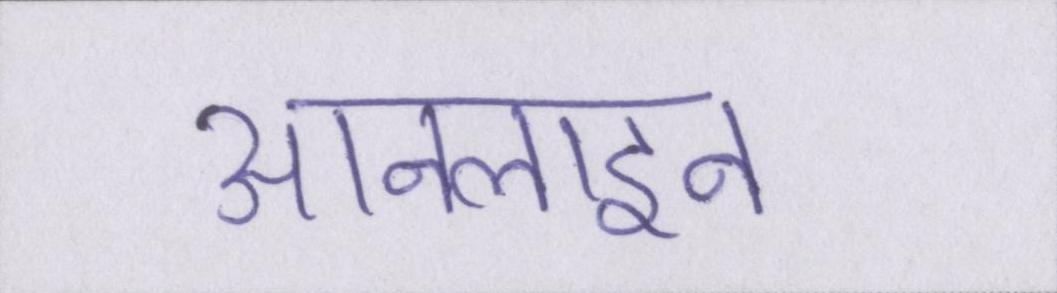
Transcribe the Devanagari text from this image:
आनलाइन